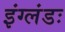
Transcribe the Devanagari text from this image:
इंग्लंडः